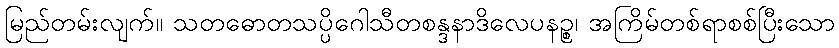
မြည်တမ်းလျက်။ သတဓောတသပ္ပိဂေါသီတစန္ဒနာဒိလေပနဉ္စ၊ အကြိမ်တစ်ရာစစ်ပြီးသော